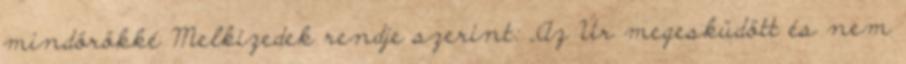
mindörökké Melkizedek rendje szerint: „Az Úr megesküdött és nem